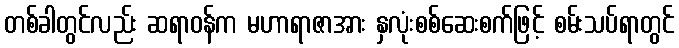
တစ်ခါတွင်လည်း ဆရာဝန်က မဟာရာဇာအား နှလုံးစစ်ဆေးစက်ဖြင့် စမ်းသပ်ရာတွင်